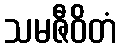
သမဇီဝိတံ